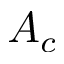
A _ { c }